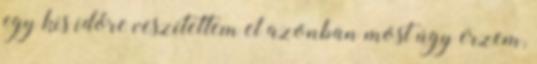
egy kis időre veszítettem el azonban most úgy érzem,